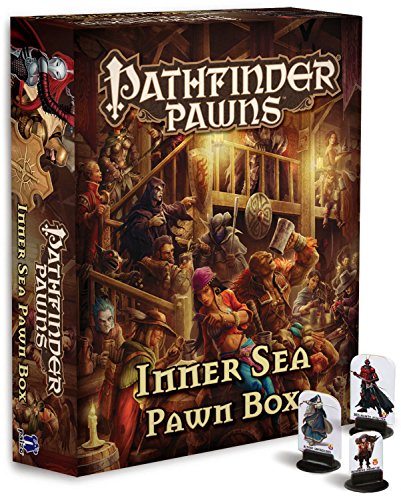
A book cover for Pathfinder Pawns: Inner Sea Pawn Box; Paizo Publishing; Science Fiction & Fantasy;